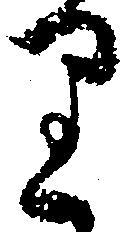
り